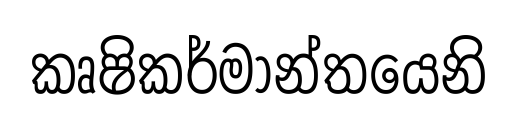
කෘෂිකර්මාන්තයෙනි